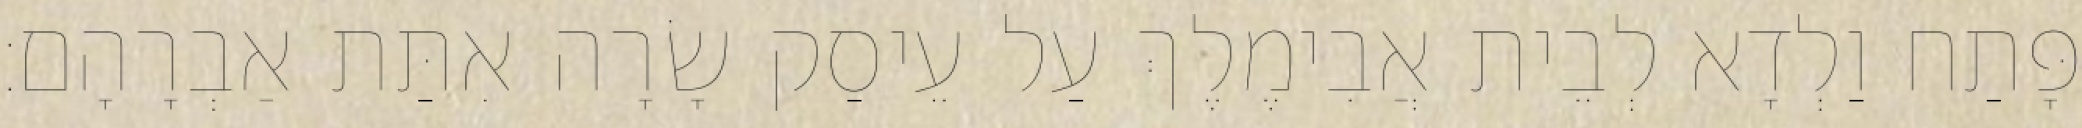
פָּתַח וַלְדָא לְבֵית אֲבִימֶלֶךְ עַל עֵיסַק שָׂרָה אִתַּת אַבְרָהָם׃